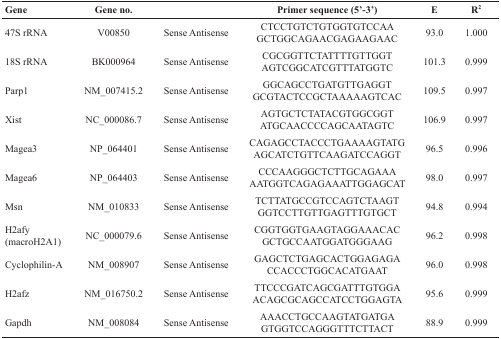
| Gene | Gene no. |  | Primer sequence (5’-3’) | E | R2 |
 | --- | --- | --- | --- | --- | --- |
 | 47S rRNA | V00850 | Sense Antisense | CTCCTGTCTGTGGTGTCCAAGCTGGCAGAACGAGAAGAAC | 93.0 | 1.000 |
 | 18S rRNA | BK000964 | Sense Antisense | CGCGGTTCTATTTTGTTGGTAGTCGGCATCGTTTATGGTC | 101.3 | 0.999 |
 | Parp1 | NM_007415.2 | Sense Antisense | GGCAGCCTGATGTTGAGGTGCGTACTCCGCTAAAAAGTCAC | 109.5 | 0.997 |
 | Xist | NC_000086.7 | Sense Antisense | AGTGCTCTATACGTGGCGGTATGCAACCCCAGCAATAGTC | 106.9 | 0.997 |
 | Magea3 | NP_064401 | Sense Antisense | CAGAGCCTACCCTGAAAAGTATGAGCATCTGTTCAAGATCCAGGT | 96.5 | 0.996 |
 | Magea6 | NP_064403 | Sense Antisense | CCCAAGGGCTCTTGCAGAAAAATGGTCAGAGAAATTGGAGCAT | 98.0 | 0.997 |
 | Msn | NM_010833 | Sense Antisense | TCTTATGCCGTCCAGTCTAAGTGGTCCTTGTTGAGTTTGTGCT | 94.8 | 0.994 |
 | H2afy (macroH2A1) | NC_000079.6 | Sense Antisense | CGGTGGTGAAGTAGGAAACACGCTGCCAATGGATGGGAAG | 96.2 | 0.998 |
 | Cyclophilin-A | NM_008907 | Sense Antisense | GAGCTCTGAGCACTGGAGAGACCACCCTGGCACATGAAT | 96.0 | 0.998 |
 | H2afz | NM_016750.2 | Sense Antisense | TTCCCGATCAGCGATTTGTGGAACAGCGCAGCCATCCTGGAGTA | 95.6 | 0.999 |
 | Gapdh | NM_008084 | Sense Antisense | AAACCTGCCAAGTATGATGAGTGGTCCAGGGTTTCTTACT | 88.9 | 0.999 |